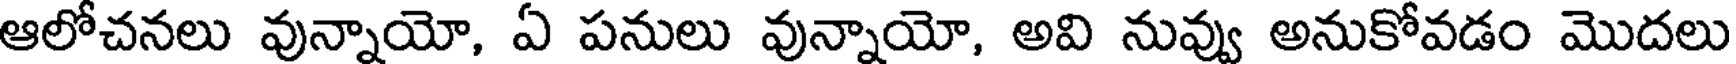
ఆలోచనలు వున్నాయో, ఏ పనులు వున్నాయో, అవి నువ్వు అనుకోవడం మొదలు